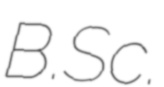
B.Sc.